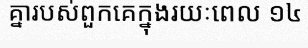
គ្នារបស់ពួកគេក្នុងរយៈពេល ១៤